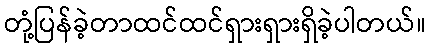
တုံ့ပြန်ခဲ့တာထင်ထင်ရှားရှားရှိခဲ့ပါတယ်။